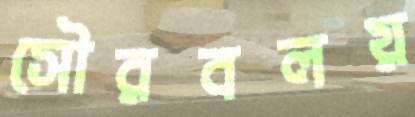
সৌরবলয়